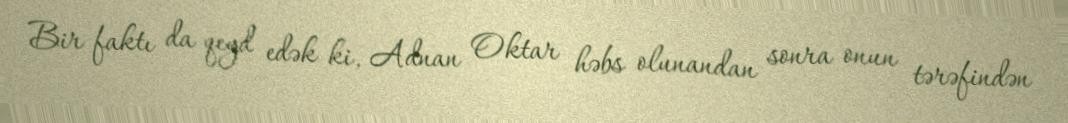
Bir faktı da qeyd edək ki, Adnan Oktar həbs olunandan sonra onun tərəfindən